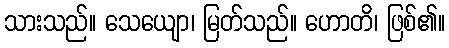
သားသည်။ သေယျော၊ မြတ်သည်။ ဟောတိ၊ ဖြစ်၏။